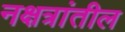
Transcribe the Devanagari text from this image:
नक्षत्रांतील